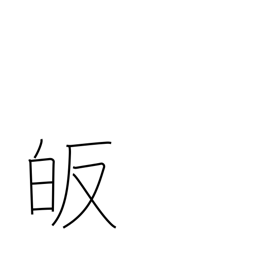
Meaning: lead to